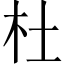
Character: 杜